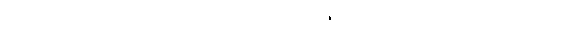
အစွမ်းအားဖြင့်။ ဝါ၊ ထင်ရှားမရှိသော ဂုဏ်ကျေးဇူးကို ချီးမွမ်းခြင်း၏ အစွမ်းအားဖြင့်။